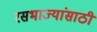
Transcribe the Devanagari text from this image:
रसभाज्यांसाठी